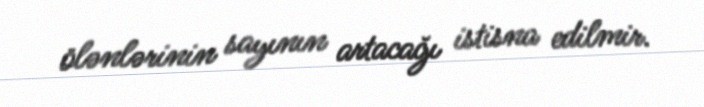
ölənlərinin sayının artacağı istisna edilmir.